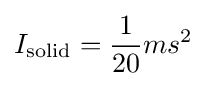
I_{\mathrm {solid} }={\frac {1}{20}}ms^{2}\,\!